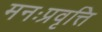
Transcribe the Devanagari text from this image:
मनःप्रवृत्ति